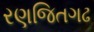
રણજિતગઢ